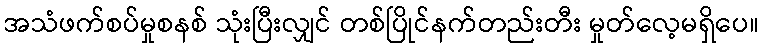
အသံဖက်စပ်မှုစနစ် သုံးပြီးလျှင် တစ်ပြိုင်နက်တည်းတီး မှုတ်လေ့မရှိပေ။